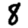
Digit: 8